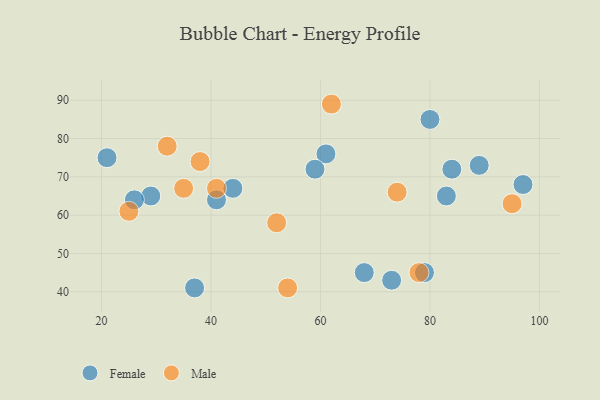
{"axis": {"x": "GDP", "y": "Life Expectancy"}, "legend": ["Female", "Male"], "data": [{"x": "68", "y": 45, "type": "Female"}, {"x": "97", "y": 68, "type": "Female"}, {"x": "41", "y": 64, "type": "Female"}, {"x": "21", "y": 75, "type": "Female"}, {"x": "79", "y": 45, "type": "Female"}, {"x": "73", "y": 43, "type": "Female"}, {"x": "89", "y": 73, "type": "Female"}, {"x": "61", "y": 76, "type": "Female"}, {"x": "44", "y": 67, "type": "Female"}, {"x": "37", "y": 41, "type": "Female"}, {"x": "29", "y": 65, "type": "Female"}, {"x": "84", "y": 72, "type": "Female"}, {"x": "26", "y": 64, "type": "Female"}, {"x": "59", "y": 72, "type": "Female"}, {"x": "80", "y": 85, "type": "Female"}, {"x": "83", "y": 65, "type": "Female"}, {"x": "78", "y": 45, "type": "Male"}, {"x": "52", "y": 58, "type": "Male"}, {"x": "62", "y": 89, "type": "Male"}, {"x": "74", "y": 66, "type": "Male"}, {"x": "95", "y": 63, "type": "Male"}, {"x": "41", "y": 67, "type": "Male"}, {"x": "35", "y": 67, "type": "Male"}, {"x": "32", "y": 78, "type": "Male"}, {"x": "38", "y": 74, "type": "Male"}, {"x": "54", "y": 41, "type": "Male"}, {"x": "25", "y": 61, "type": "Male"}]}